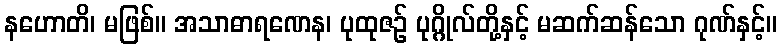
နဟောတိ၊ မဖြစ်။ အသာဓာရဏေန၊ ပုထုဇဉ် ပုဂ္ဂိုလ်တို့နှင့် မဆက်ဆန်သော ဂုဏ်နှင့်။